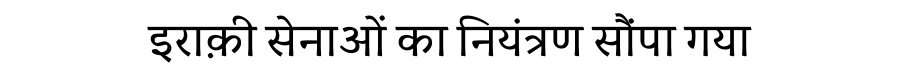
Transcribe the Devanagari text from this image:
इराक़ी सेनाओं का नियंत्रण सौंपा गया